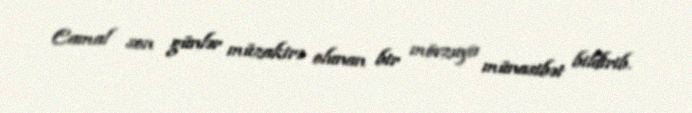
Camal son günlər müzakirə olunan bir mövzuya münasibət bildirib.